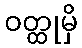
ဝတ္ထုမှိ